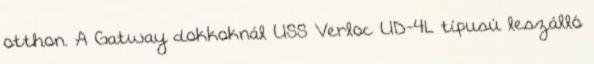
otthon. A Gatway dokkoknál USS Verloc UD-4L típusú leszálló